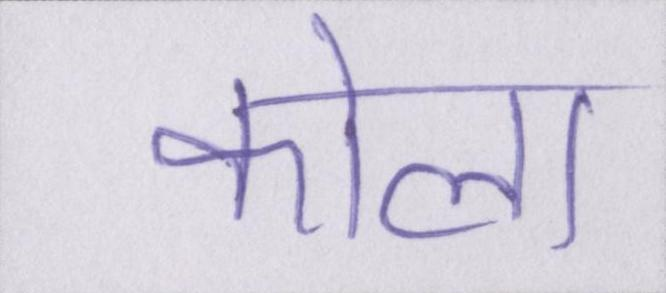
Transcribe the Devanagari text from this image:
कोला